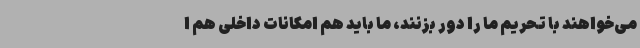
می‌خواهند با تحریم ما را دور بزنند، ما باید هم امکانات داخلی هم ا